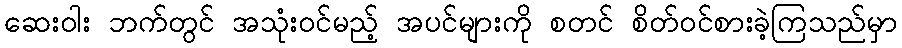
ဆေးဝါး ဘက်တွင် အသုံးဝင်မည့် အပင်များကို စတင် စိတ်ဝင်စားခဲ့ကြသည်မှာ